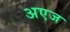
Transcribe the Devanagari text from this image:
अएज